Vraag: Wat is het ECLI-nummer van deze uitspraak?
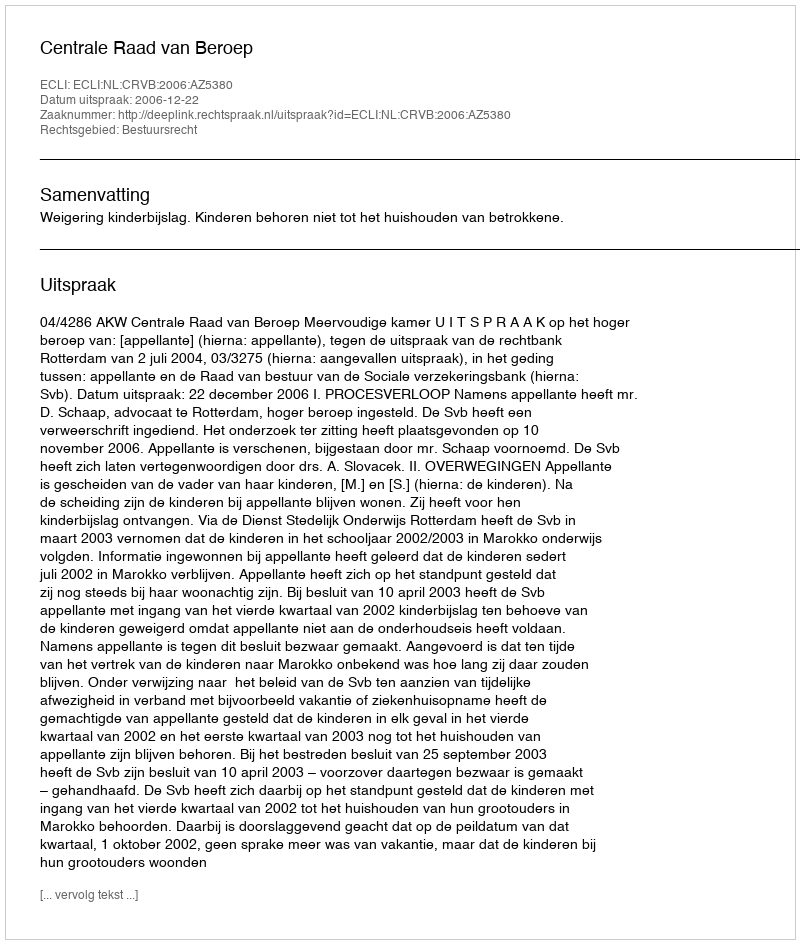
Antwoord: ECLI:NL:CRVB:2006:AZ5380